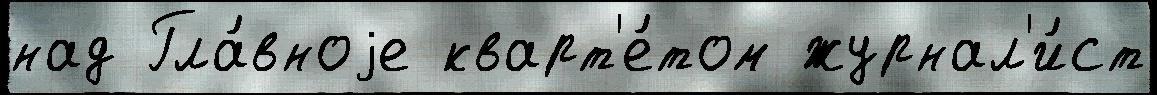
над Гла́вноjе кварт'е́том журнал'и́ст